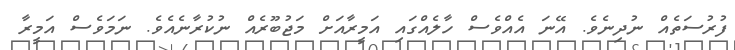
ފުރުސަތެއް ނުދިނެވެ. އޭނަ އެއްވެސް ހާލެއްގައި އަމީރާއަށް މަޖުބޫރެއް ނުކުރާނެއެވެ. ނަމަވެސް އަމީރާ